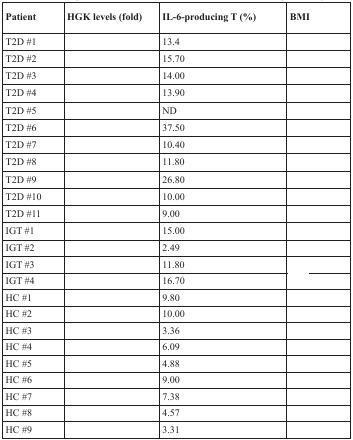
<table><thead><tr><td><b>Patient</b></td><td><b>HGK levels (fold)</b></td><td><b>IL-6-producing T (%)</b></td><td><b>BMI</b></td></tr></thead><tbody><tr><td>T2D #1</td><td>[EMPTY_CELL]</td><td>13.4</td><td>[EMPTY_CELL]</td></tr><tr><td>T2D #2</td><td>[EMPTY_CELL]</td><td>15.70</td><td>[EMPTY_CELL]</td></tr><tr><td>T2D #3</td><td>[EMPTY_CELL]</td><td>14.00</td><td>[EMPTY_CELL]</td></tr><tr><td>T2D #4</td><td>[EMPTY_CELL]</td><td>13.90</td><td>[EMPTY_CELL]</td></tr><tr><td>T2D #5</td><td>[EMPTY_CELL]</td><td>ND</td><td>[EMPTY_CELL]</td></tr><tr><td>T2D #6</td><td>[EMPTY_CELL]</td><td>37.50</td><td>[EMPTY_CELL]</td></tr><tr><td>T2D #7</td><td>[EMPTY_CELL]</td><td>10.40</td><td>[EMPTY_CELL]</td></tr><tr><td>T2D #8</td><td>[EMPTY_CELL]</td><td>11.80</td><td>[EMPTY_CELL]</td></tr><tr><td>T2D #9</td><td>[EMPTY_CELL]</td><td>26.80</td><td>[EMPTY_CELL]</td></tr><tr><td>T2D #10</td><td>[EMPTY_CELL]</td><td>10.00</td><td>[EMPTY_CELL]</td></tr><tr><td>T2D #11</td><td>[EMPTY_CELL]</td><td>9.00</td><td>[EMPTY_CELL]</td></tr><tr><td>IGT #1</td><td>[EMPTY_CELL]</td><td>15.00</td><td>[EMPTY_CELL]</td></tr><tr><td>IGT #2</td><td>[EMPTY_CELL]</td><td>2.49</td><td>[EMPTY_CELL]</td></tr><tr><td>IGT #3</td><td>[EMPTY_CELL]</td><td>11.80</td><td>[EMPTY_CELL]</td></tr><tr><td>IGT #4</td><td>[EMPTY_CELL]</td><td>16.70</td><td>[EMPTY_CELL]</td></tr><tr><td>HC #1</td><td>[EMPTY_CELL]</td><td>9.80</td><td>[EMPTY_CELL]</td></tr><tr><td>HC #2</td><td>[EMPTY_CELL]</td><td>10.00</td><td>[EMPTY_CELL]</td></tr><tr><td>HC #3</td><td>[EMPTY_CELL]</td><td>3.36</td><td>[EMPTY_CELL]</td></tr><tr><td>HC #4</td><td>[EMPTY_CELL]</td><td>6.09</td><td>[EMPTY_CELL]</td></tr><tr><td>HC #5</td><td>[EMPTY_CELL]</td><td>4.88</td><td>[EMPTY_CELL]</td></tr><tr><td>HC #6</td><td>[EMPTY_CELL]</td><td>9.00</td><td>[EMPTY_CELL]</td></tr><tr><td>HC #7</td><td>[EMPTY_CELL]</td><td>7.38</td><td>[EMPTY_CELL]</td></tr><tr><td>HC #8</td><td>[EMPTY_CELL]</td><td>4.57</td><td>[EMPTY_CELL]</td></tr><tr><td>HC #9</td><td>[EMPTY_CELL]</td><td>3.31</td><td>[EMPTY_CELL]</td></tr></tbody></table>